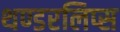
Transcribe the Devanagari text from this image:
थण्डरलिप्स